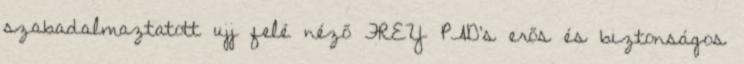
szabadalmaztatott ujj felé néző FREY PAD’s erős és biztonságos